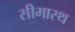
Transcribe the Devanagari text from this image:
सीमास्थ